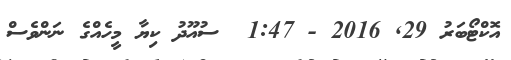
އޮކްޓޯބަރު 29